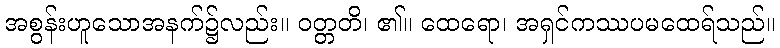
အစွန်းဟူသောအနက်၌လည်း။ ဝတ္တတိ၊ ၏။ ထေရော၊ အရှင်ကဿပမထေရ်သည်။